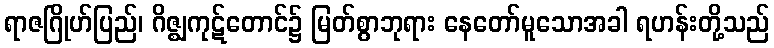
ရာဇဂြိုဟ်ပြည်၊ ဂိဇ္ဈကုဋ်တောင်၌ မြတ်စွာဘုရား နေတော်မူသောအခါ ရဟန်းတို့သည်